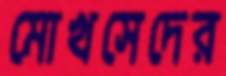
মোখসেদের